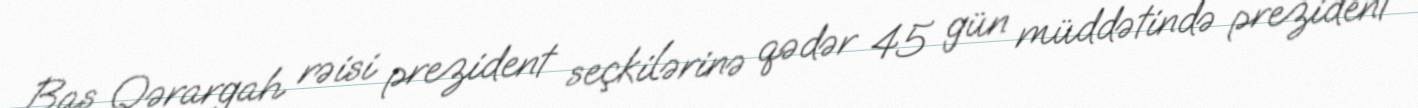
Baş Qərargah rəisi prezident seçkilərinə qədər 45 gün müddətində prezident